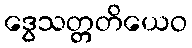
ဒွေသတ္တတိယေဝ